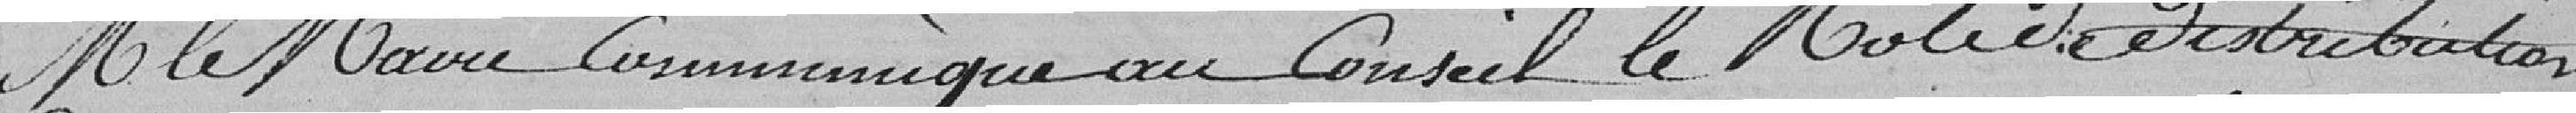
Monsieur Le Maire communique au conseil le Rôle de distribution